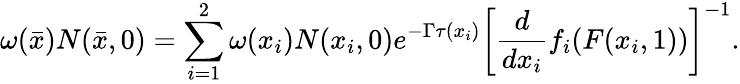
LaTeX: {\omega(\bar{x})N(\bar{x},0)=\sum_{i=1}^{2}\omega(x_{i})N(x_{i},0)e^{-\Gamma\tau(x_{i})}\left[{\frac{d}{dx_{i}}}f_{i}(F(x_{i},1))\right]^{-1}.}